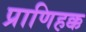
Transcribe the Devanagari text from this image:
प्राणिहक्क